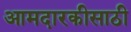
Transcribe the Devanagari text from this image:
आमदारकीसाठी